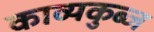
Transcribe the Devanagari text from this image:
काव्यकुब्ज